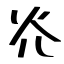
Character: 灮